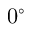
0 ^ { \circ }